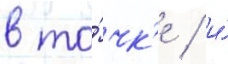
в то́чк'е / и́